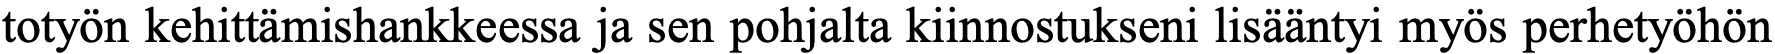
totyön kehittämishankkeessa ja sen pohjalta kiinnostukseni lisääntyi myös perhetyöhön